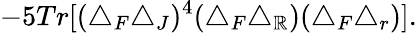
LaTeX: -5Tr[(\triangle_{F}\triangle_{J})^{4}(\triangle_{F}\triangle_{\mathbb{R}})(\triangle_{F}\triangle_{r})].